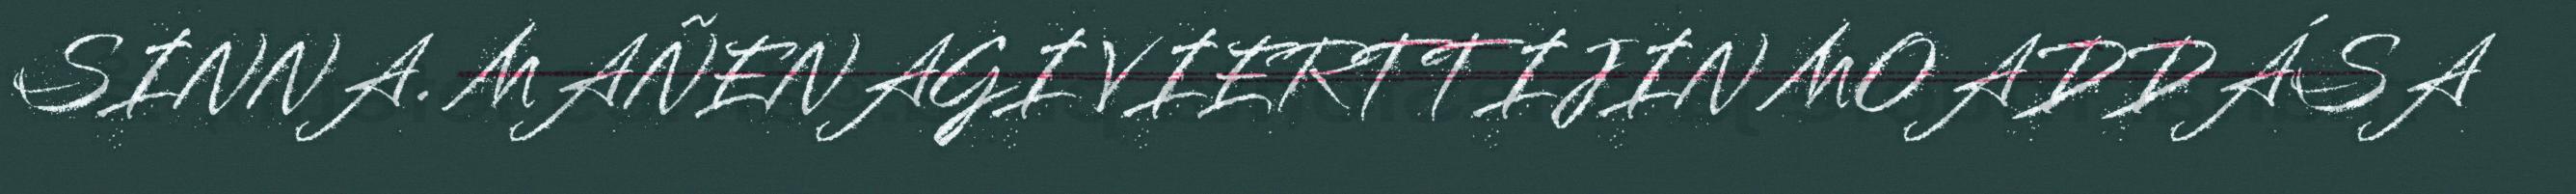
SINNA. MAÑENAGI VIERTTIJIN MOADDÁSA